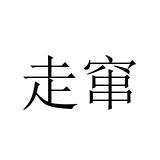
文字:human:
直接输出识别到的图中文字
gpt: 走窜